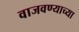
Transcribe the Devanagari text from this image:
वाजवण्याच्या